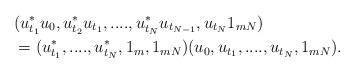
LaTeX: \begin{align*}&( u_{t_1}^*u_0,u_{t_2}^*u_{t_1},....,u_{t_{N}}^*u_{t_{N-1}},u_{t_N}1_{mN}) \\ &=(u_{t_1}^*,....,u_{t_N}^*,1_m,1_{mN})( u_0,u_{t_1},....,u_{t_N},1_{mN}).\end{align*}